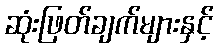
ဆုံးဖြတ်ချက်များနှင့်